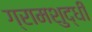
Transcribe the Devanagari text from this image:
ग्रामशुद्धी